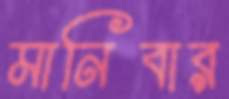
মানিবার